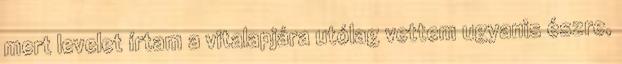
mert levelet írtam a vitalapjára utólag vettem ugyanis észre,